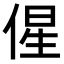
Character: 𬾰